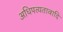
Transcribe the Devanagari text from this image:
अधिपत्यतावादि